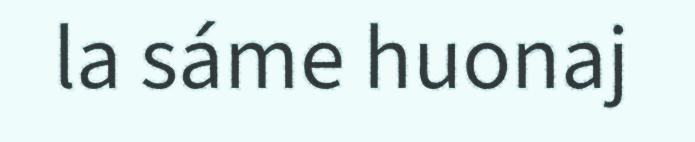
la sáme huonaj